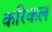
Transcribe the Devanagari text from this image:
करिकल